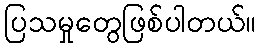
ပြသမှုတွေဖြစ်ပါတယ်။